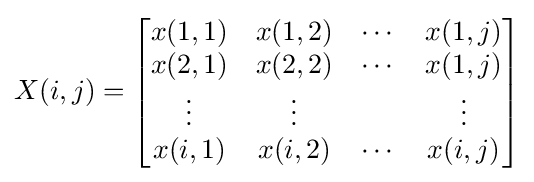
X(i,j)={\begin{bmatrix}x(1,1)&x(1,2)&\cdots &x(1,j)\\x(2,1)&x(2,2)&\cdots &x(1,j)\\\vdots &\vdots &&\vdots \\x(i,1)&x(i,2)&\cdots &x(i,j)\end{bmatrix}}